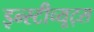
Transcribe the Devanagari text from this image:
इन्स्टीच्यूट्स